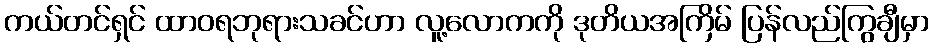
ကယ်တင်ရှင် ထာဝရဘုရားသခင်ဟာ လူ့လောကကို ဒုတိယအကြိမ် ပြန်လည်ကြွချီမှာ